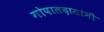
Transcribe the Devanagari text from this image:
गोपालदासांनी